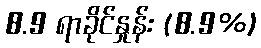
8.9 ရာခိုင်နှုန်း (8.9%)